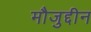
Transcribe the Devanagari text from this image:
मौजुद्दीन